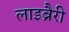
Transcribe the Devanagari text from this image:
लाइब्रैरी